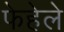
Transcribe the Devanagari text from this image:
फेहेले